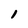
Character: 1